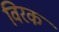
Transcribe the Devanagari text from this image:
विरक